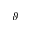
\vartheta